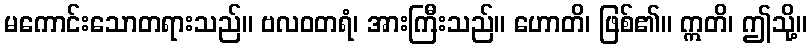
မကောင်းသောတရားသည်။ ဗလဝတရံ၊ အားကြီးသည်။ ဟောတိ၊ ဖြစ်၏။ ဣတိ၊ ဤသို့။